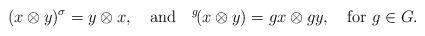
LaTeX: \begin{align*} (x\otimes y)^\sigma=y\otimes x,\quad\mbox{and}\quad{^g\!}(x\otimes y)=gx\otimes gy,\quad\mbox{for $g\in G$.}\end{align*}